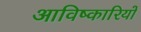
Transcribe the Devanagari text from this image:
आविष्कारियों